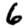
Digit: 6